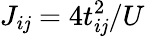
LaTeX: J_{i\mathit{j}}=4t_{i\mathit{j}}^{2}/U